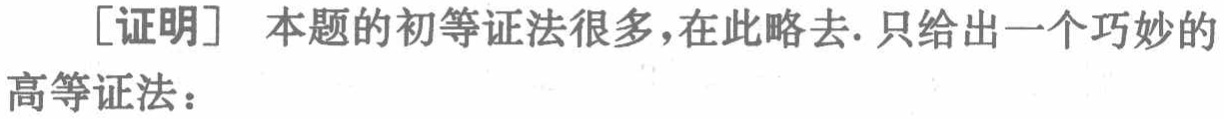
[证明] 本题的初等证法很多,在此略去. 只给出一个巧妙的

高等证法：